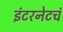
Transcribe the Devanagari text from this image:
इंटरनेटचं